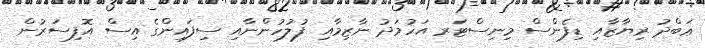
ޢަބްދު ރިޔާޒާއި ޑިފެންސް މިނިސްޓަރ އަހުމަދު ނާޒިމާއި ފުލުހުންނާއި ސިފައިންގެ އިސް އޮފިސަރުން